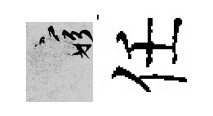
窮任